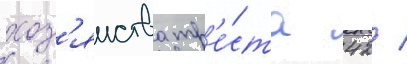
хоз'яиства тр'е́ста 42 /